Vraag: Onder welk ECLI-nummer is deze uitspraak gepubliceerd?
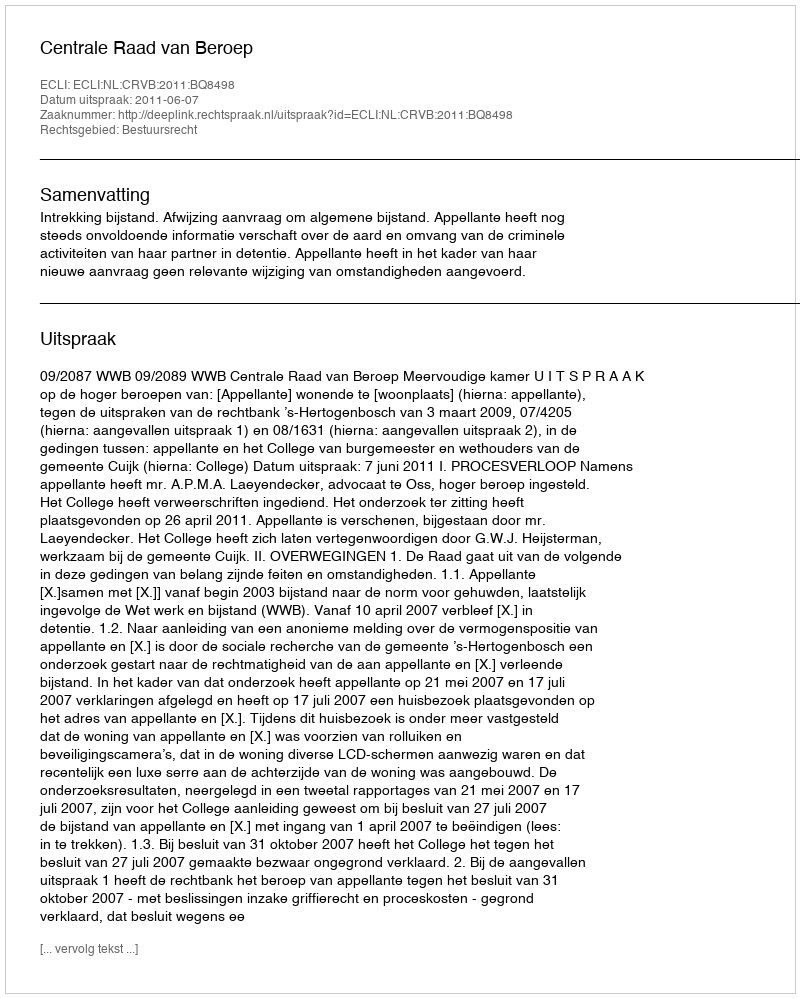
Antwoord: ECLI:NL:CRVB:2011:BQ8498